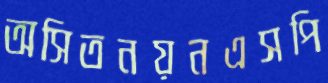
অসিতনয়নএসপি